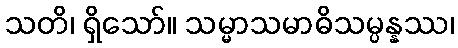
သတိ၊ ရှိသော်။ သမ္မာသမာဓိသမ္ပန္နဿ၊